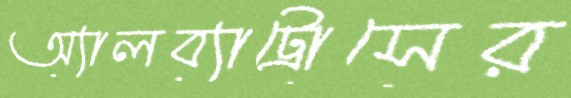
অ্যালব্যাট্রোসের